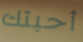
أحبتك